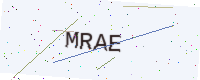
Text: MRAE